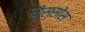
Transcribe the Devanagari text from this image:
रौस्सोस